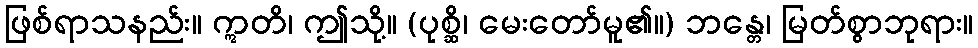
ဖြစ်ရာသနည်း။ ဣတိ၊ ဤသို့။ (ပုစ္ဆိ၊ မေးတော်မူ၏။) ဘန္တေ၊ မြတ်စွာဘုရား။